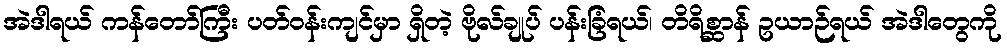
အဲဒါရယ် ကန်တော်ကြီး ပတ်ဝန်းကျင်မှာ ရှိတဲ့ ဗိုလ်ချုပ် ပန်းခြံရယ်၊ တိရိစ္ဆာန် ဥယာဉ်ရယ် အဲဒါတွေကို